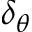
\delta _ { \theta }